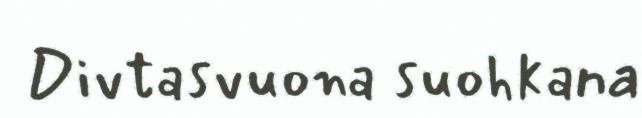
Divtasvuona suohkana